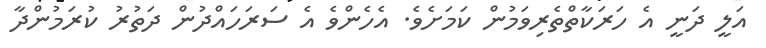
އަލީ ދަނީ އެ ހަރަކާތްތެރިވަމުން ކަމަށެވެ. އެހެންވެ އެ ސަރަހައްދުން ދަތުރު ކުރަމުންދާ